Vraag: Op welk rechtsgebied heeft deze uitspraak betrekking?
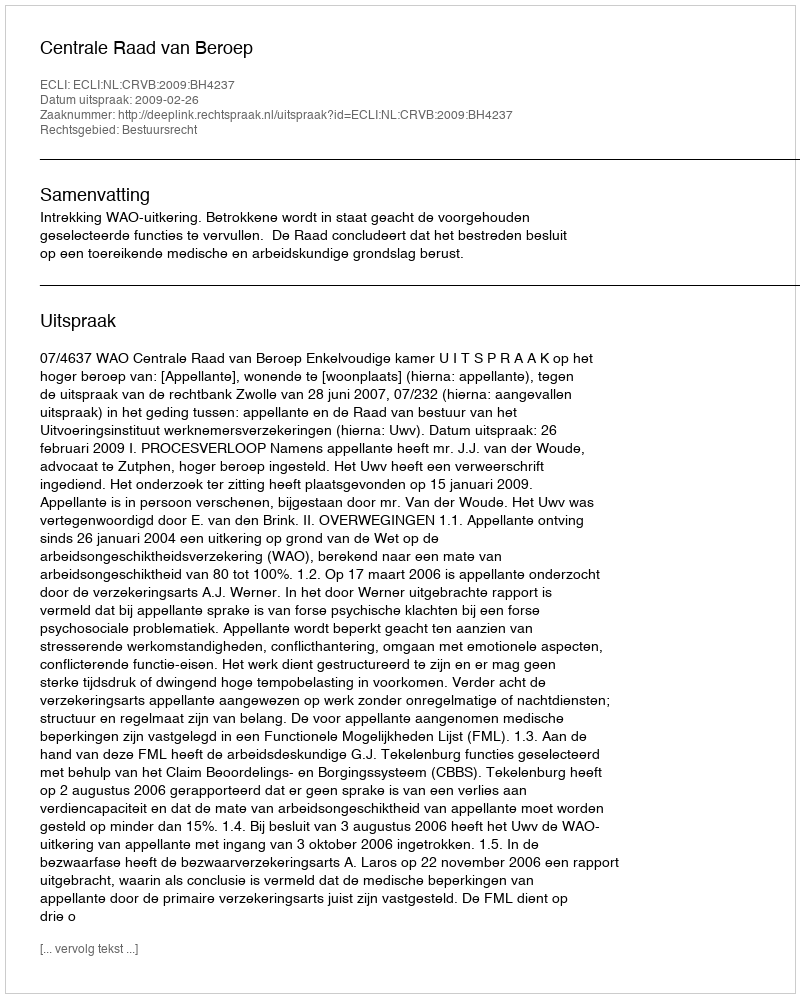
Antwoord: Bestuursrecht